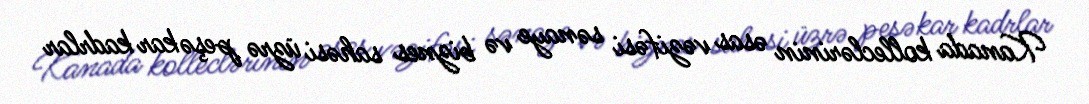
Kanada kolleclərinin əsas vəzifəsi sənaye və biznes sahəsi üzrə peşəkar kadrlar